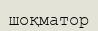
шоқматор